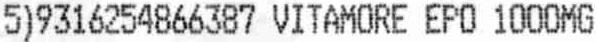
5)9316254866387 VITAMORE EPO 1000MG